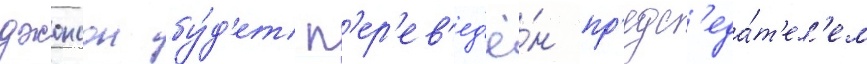
джонсон бу́д'ет п'ер'ев'ед'ё́н пр'едс'еда́т'ел'ем